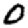
Digit: 0